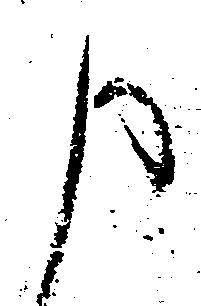
申